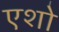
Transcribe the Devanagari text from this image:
एशो